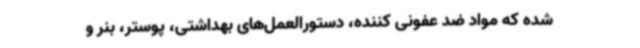
شده که مواد ضد عفونی کننده، دستورالعمل‌های بهداشتی، پوستر، بنر و